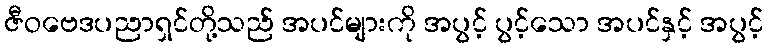
ဇီဝဗေဒပညာရှင်တို့သည် အပင်များကို အပွင့် ပွင့်သော အပင်နှင့် အပွင့်